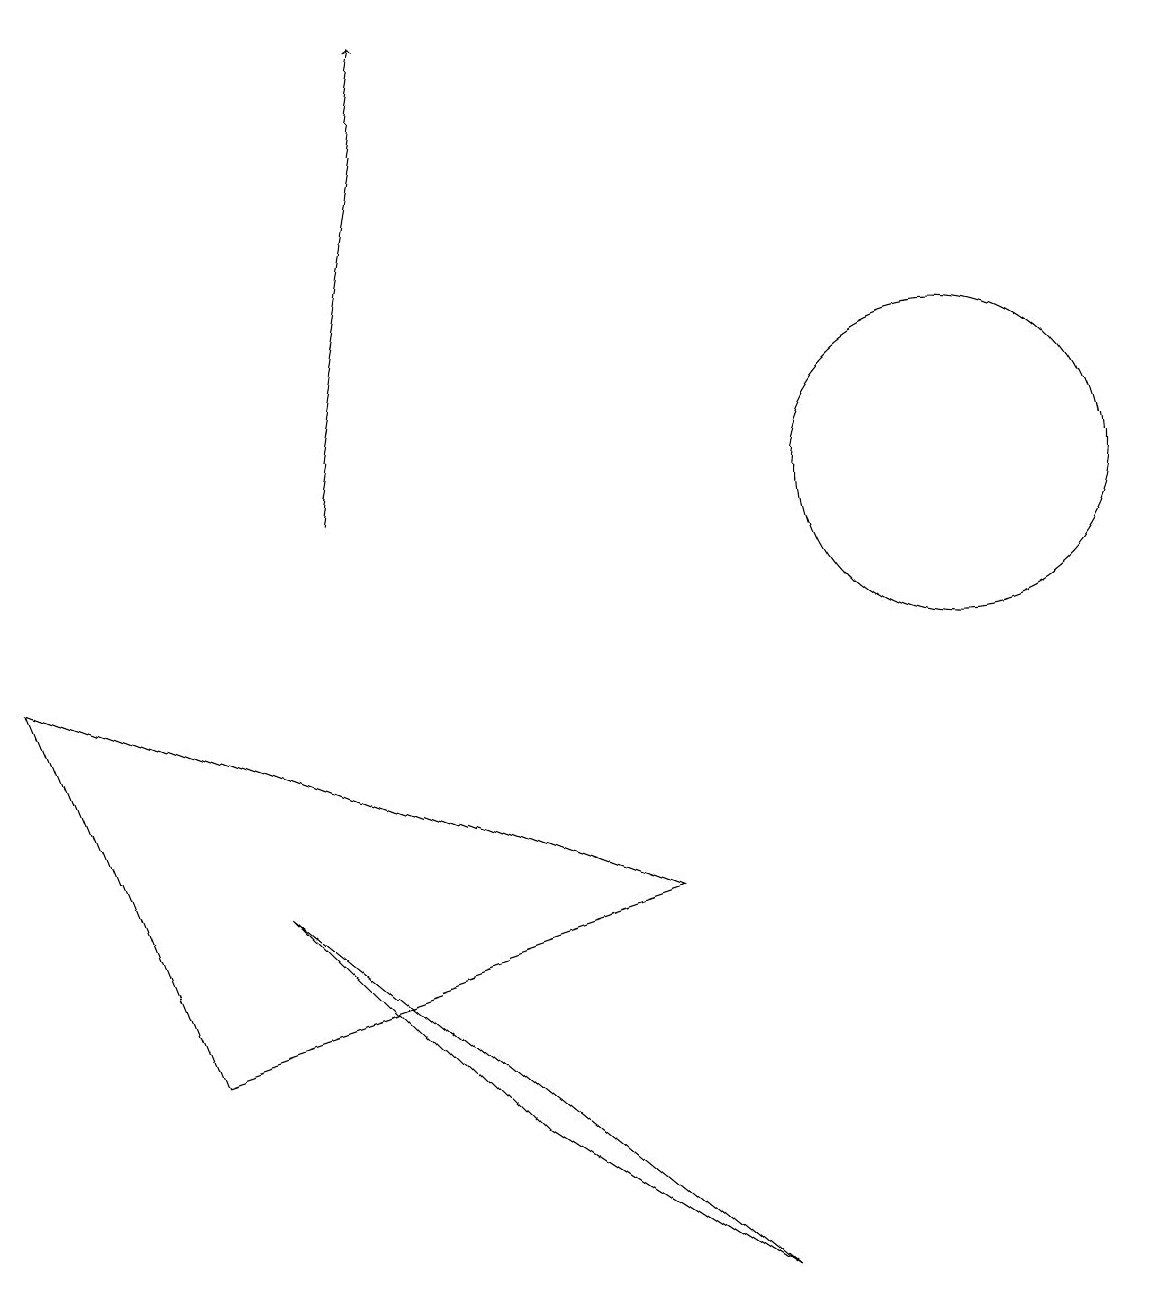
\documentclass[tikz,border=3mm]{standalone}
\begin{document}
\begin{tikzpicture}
\draw (6,3) -- (3,6) -- (9,1) -- cycle;
\draw (8,6) -- (0,9) -- (2,4) -- cycle;
\draw (12,11) circle (2);
\draw[->] (4,11) -- (5,17);
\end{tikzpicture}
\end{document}